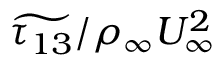
\widetilde { \tau _ { 1 3 } } / \rho _ { \infty } U _ { \infty } ^ { 2 }